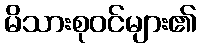
မိသားစုဝင်များ၏